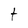
Character: t